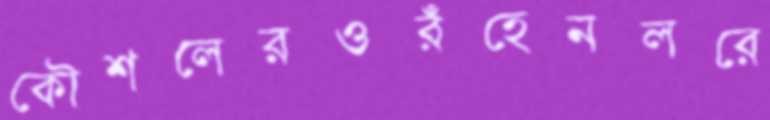
কৌশলেরওরঁহেনলরে